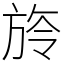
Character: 旍